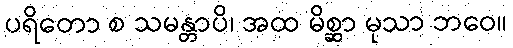
ပရိတော စ သမန္တာပိ၊ အထ မိစ္ဆာ မုသာ ဘဝေ။